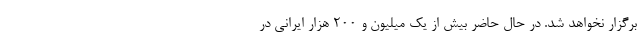
برگزار نخواهد شد. در حال حاضر بیش از یک میلیون و ۲۰۰ هزار ایرانی در